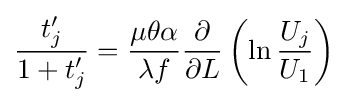
{\frac {t'_{j}}{1+t'_{j}}}={\frac {\mu \theta \alpha }{\lambda f}}{\frac {\partial }{\partial L}}\left(\ln {\frac {U_{j}}{U_{1}}}\right)\;